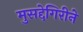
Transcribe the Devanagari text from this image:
मुसद्देगिरीने